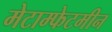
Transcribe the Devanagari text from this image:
मेटाम्फेटमीन